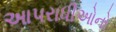
આપરાધીઓનો